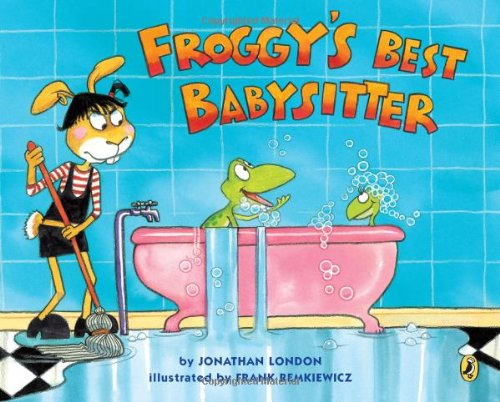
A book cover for Froggy's Best Babysitter; Jonathan London; Children's Books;